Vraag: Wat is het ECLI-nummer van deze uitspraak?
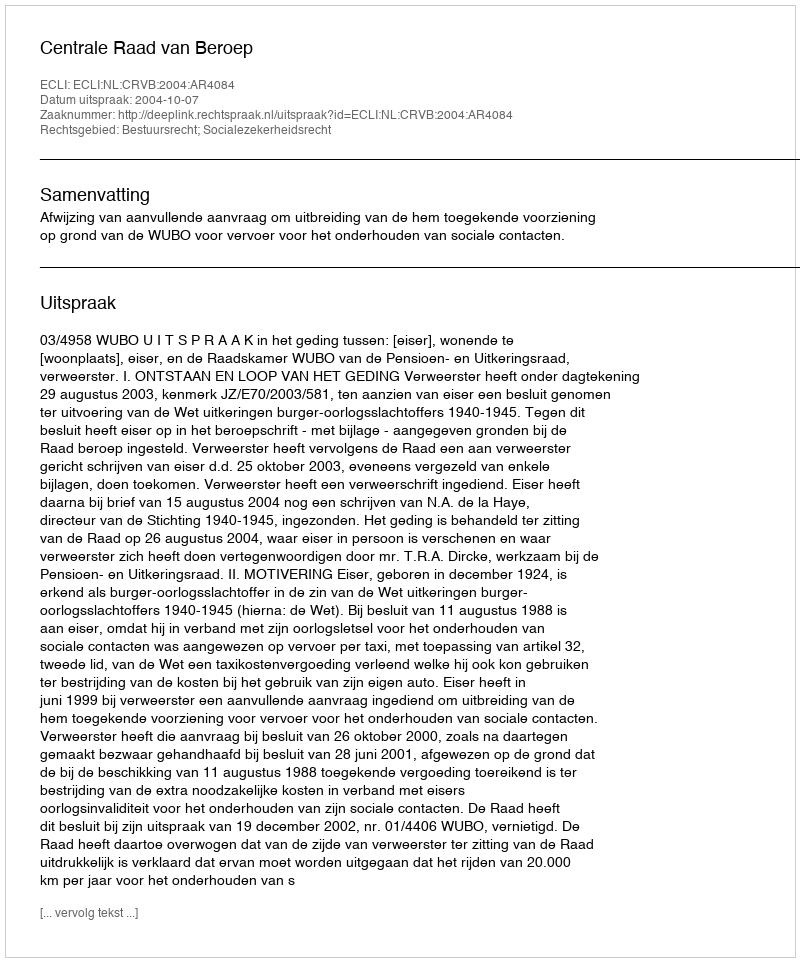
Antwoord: ECLI:NL:CRVB:2004:AR4084